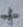
Text: +